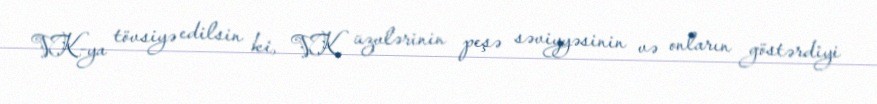
VK-ya tövsiyə edilsin ki, VK üzvlərinin peşə səviyyəsinin və onların göstərdiyi